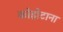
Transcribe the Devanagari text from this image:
कोहोटाना